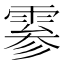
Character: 𫕨